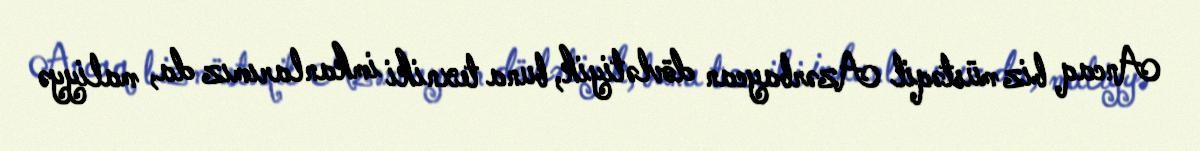
Ancaq biz müstəqil Azərbaycan dövlətiyik, buna texniki imkanlarımız da, maliyyə